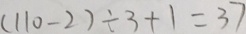
( 1 1 0 - 2 ) \div 3 + 1 = 3 7